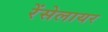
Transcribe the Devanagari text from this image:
रेंसेलायर